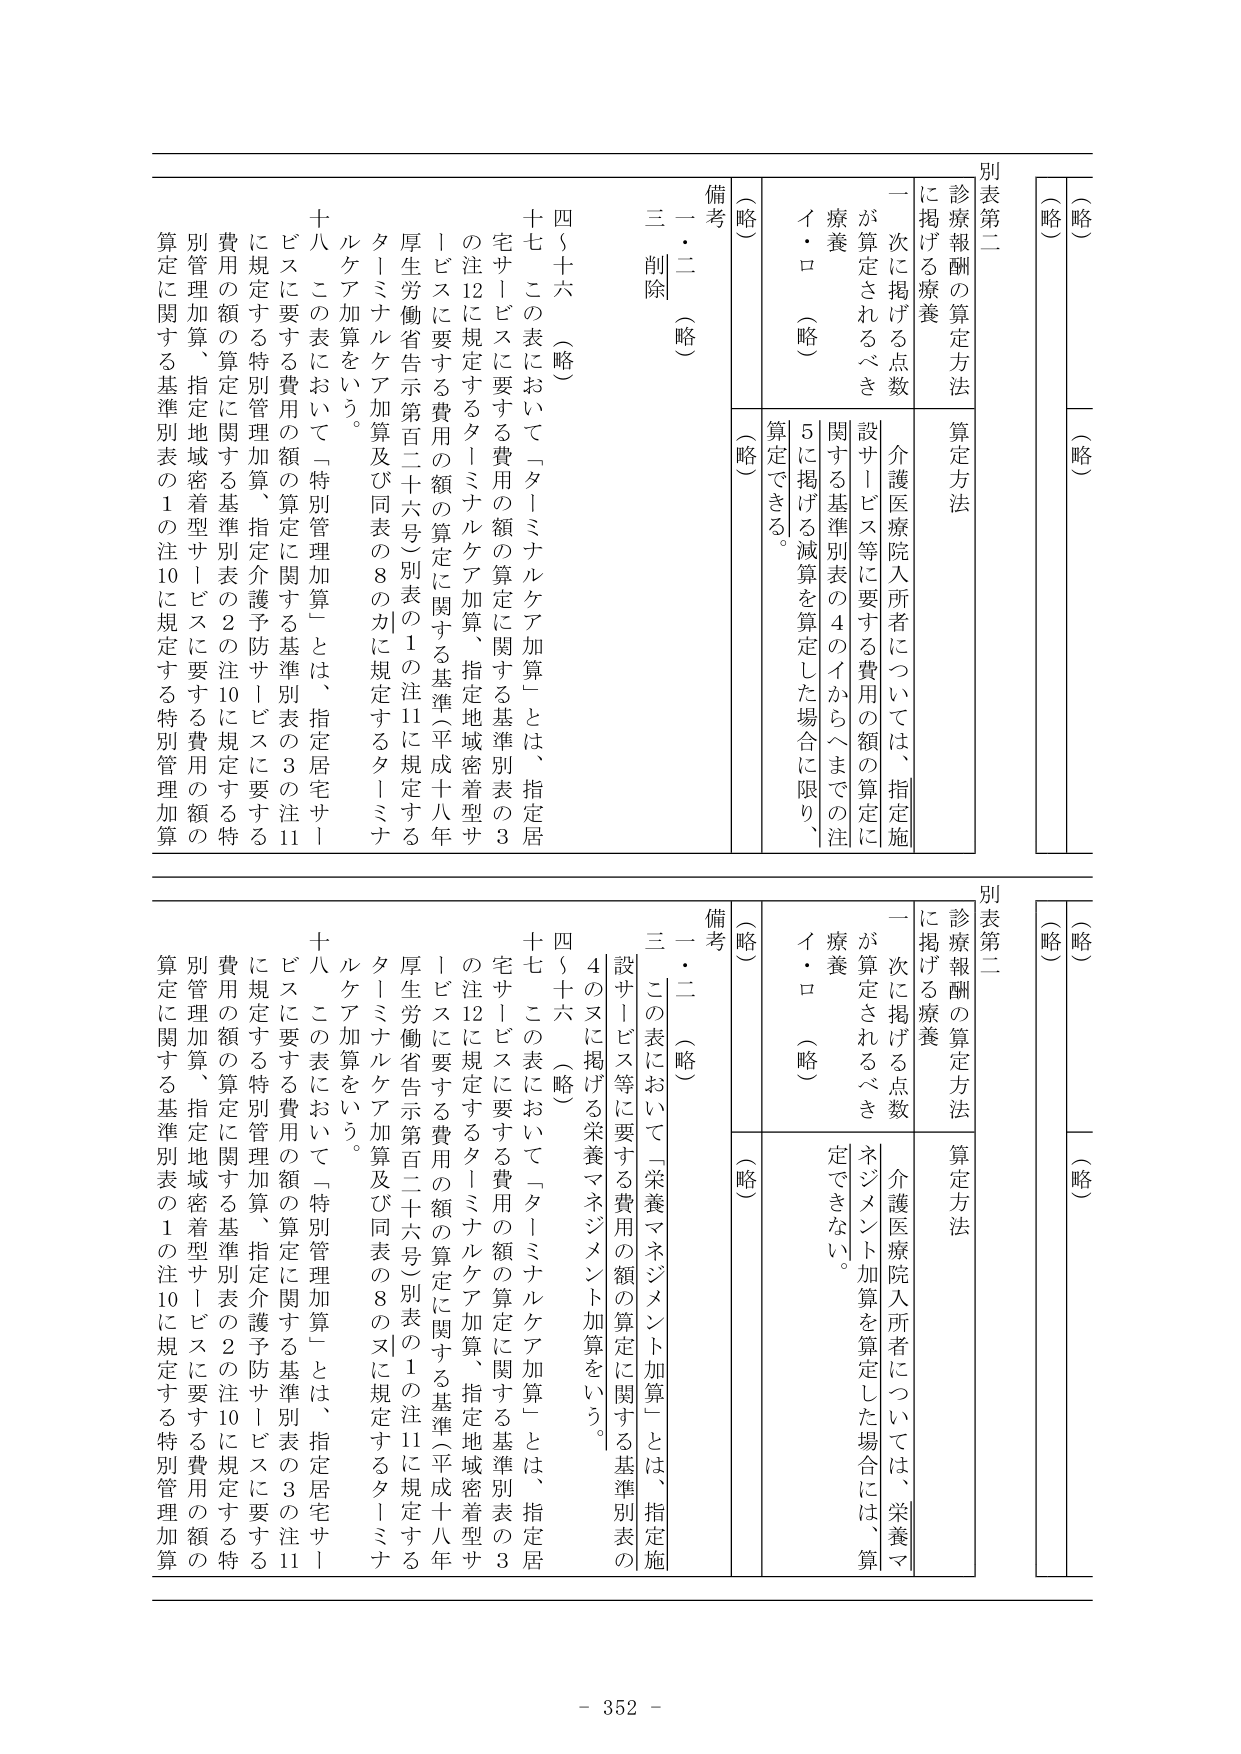
別表第二
診療報酬の算定方法
に掲げる療養
一 次に掲げる点数
が算定されるべき
療養
イ・ロ （略）
（略）
算定方法
介護医療院入所者については、指定施設サービス等に要する費用の額の算定に関する基準別表の4のイからヘまでの注5に掲げる減算を算定した場合に限り、算定できる。
備考
一・二 （略）
三 削除 （略）
四～十六 （略）
十七 この表において「ターミナルケア加算」とは、指定居宅サービスに要する費用の額の算定に関する基準別表の3の注12に規定するターミナルケア加算、指定地域密着型サービスに要する費用の額の算定に関する基準（平成十八年厚生労働省告示第百二十六号）別表の1の注11に規定するターミナルケア加算及び同表の8のカに規定するターミナルケア加算をいう。
十八 この表において「特別管理加算」とは、指定居宅サービスに要する費用の額の算定に関する基準別表の3の注11に規定する特別管理加算、指定介護予防サービスに要する費用の額の算定に関する基準別表の2の注10に規定する特別管理加算、指定地域密着型サービスに要する費用の額の算定に関する基準別表の1の注10に規定する特別管理加算

（略）
（略）

別表第二
診療報酬の算定方法
に掲げる療養
一 次に掲げる点数
が算定されるべき
療養
イ・ロ （略）
（略）
算定方法
介護医療院入所者については、栄養マネジメント加算を算定した場合には、算定できない。
備考
一・二 （略）
三 この表において「栄養マネジメント加算」とは、指定施設サービス等に要する費用の額の算定に関する基準別表の4のヌに掲げる栄養マネジメント加算をいう。
四～十六 （略）
十七 この表において「ターミナルケア加算」とは、指定居宅サービスに要する費用の額の算定に関する基準別表の3の注12に規定するターミナルケア加算、指定地域密着型サービスに要する費用の額の算定に関する基準（平成十八年厚生労働省告示第百二十六号）別表の1の注11に規定するターミナルケア加算及び同表の8のヌに規定するターミナルケア加算をいう。
十八 この表において「特別管理加算」とは、指定居宅サービスに要する費用の額の算定に関する基準別表の3の注11に規定する特別管理加算、指定介護予防サービスに要する費用の額の算定に関する基準別表の2の注10に規定する特別管理加算、指定地域密着型サービスに要する費用の額の算定に関する基準別表の1の注10に規定する特別管理加算

（略）
（略）

- 352 -